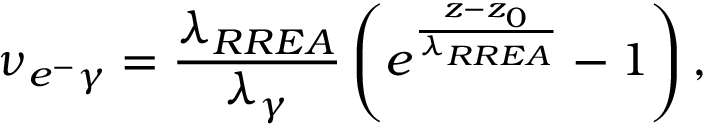
\nu _ { e ^ { - } \gamma } = \frac { \lambda _ { R R E A } } { \lambda _ { \gamma } } \left( e ^ { \frac { z - z _ { 0 } } { \lambda _ { R R E A } } } - 1 \right) ,